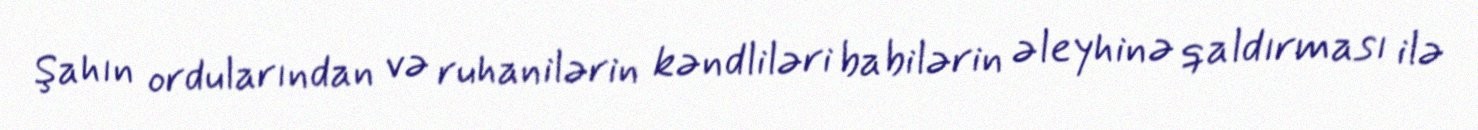
Şahın ordularından və ruhanilərin kəndliləri babilərin əleyhinə qaldırması ilə